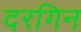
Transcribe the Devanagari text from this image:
दरगिन